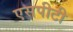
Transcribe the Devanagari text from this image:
एसपीटी